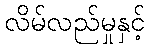
လိမ်လည်မှုနှင့်